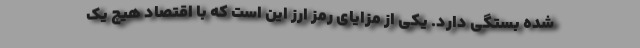
شده بستگی دارد. یکی از مزایای رمز ارز این است که با اقتصاد هیچ یک